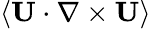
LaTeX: \langle\mathbf{U}\cdot\nabla\times\mathbf{U}\rangle